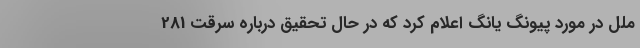
ملل در مورد پیونگ یانگ اعلام کرد که در حال تحقیق درباره سرقت 281